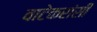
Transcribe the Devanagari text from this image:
वाटेकरांसी